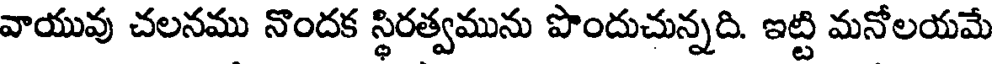
వాయువు చలనము నొందక స్థిరత్వమును పొందుచున్నది. ఇట్టి మనోలయమే